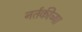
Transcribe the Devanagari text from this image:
नर्तकीच्या